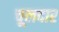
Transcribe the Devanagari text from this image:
चूलदार